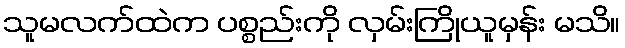
သူမလက်ထဲက ပစ္စည်းကို လှမ်းကြိုယူမှန်း မသိ။